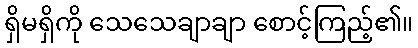
ရှိမရှိကို သေသေချာချာ စောင့်ကြည့်၏။